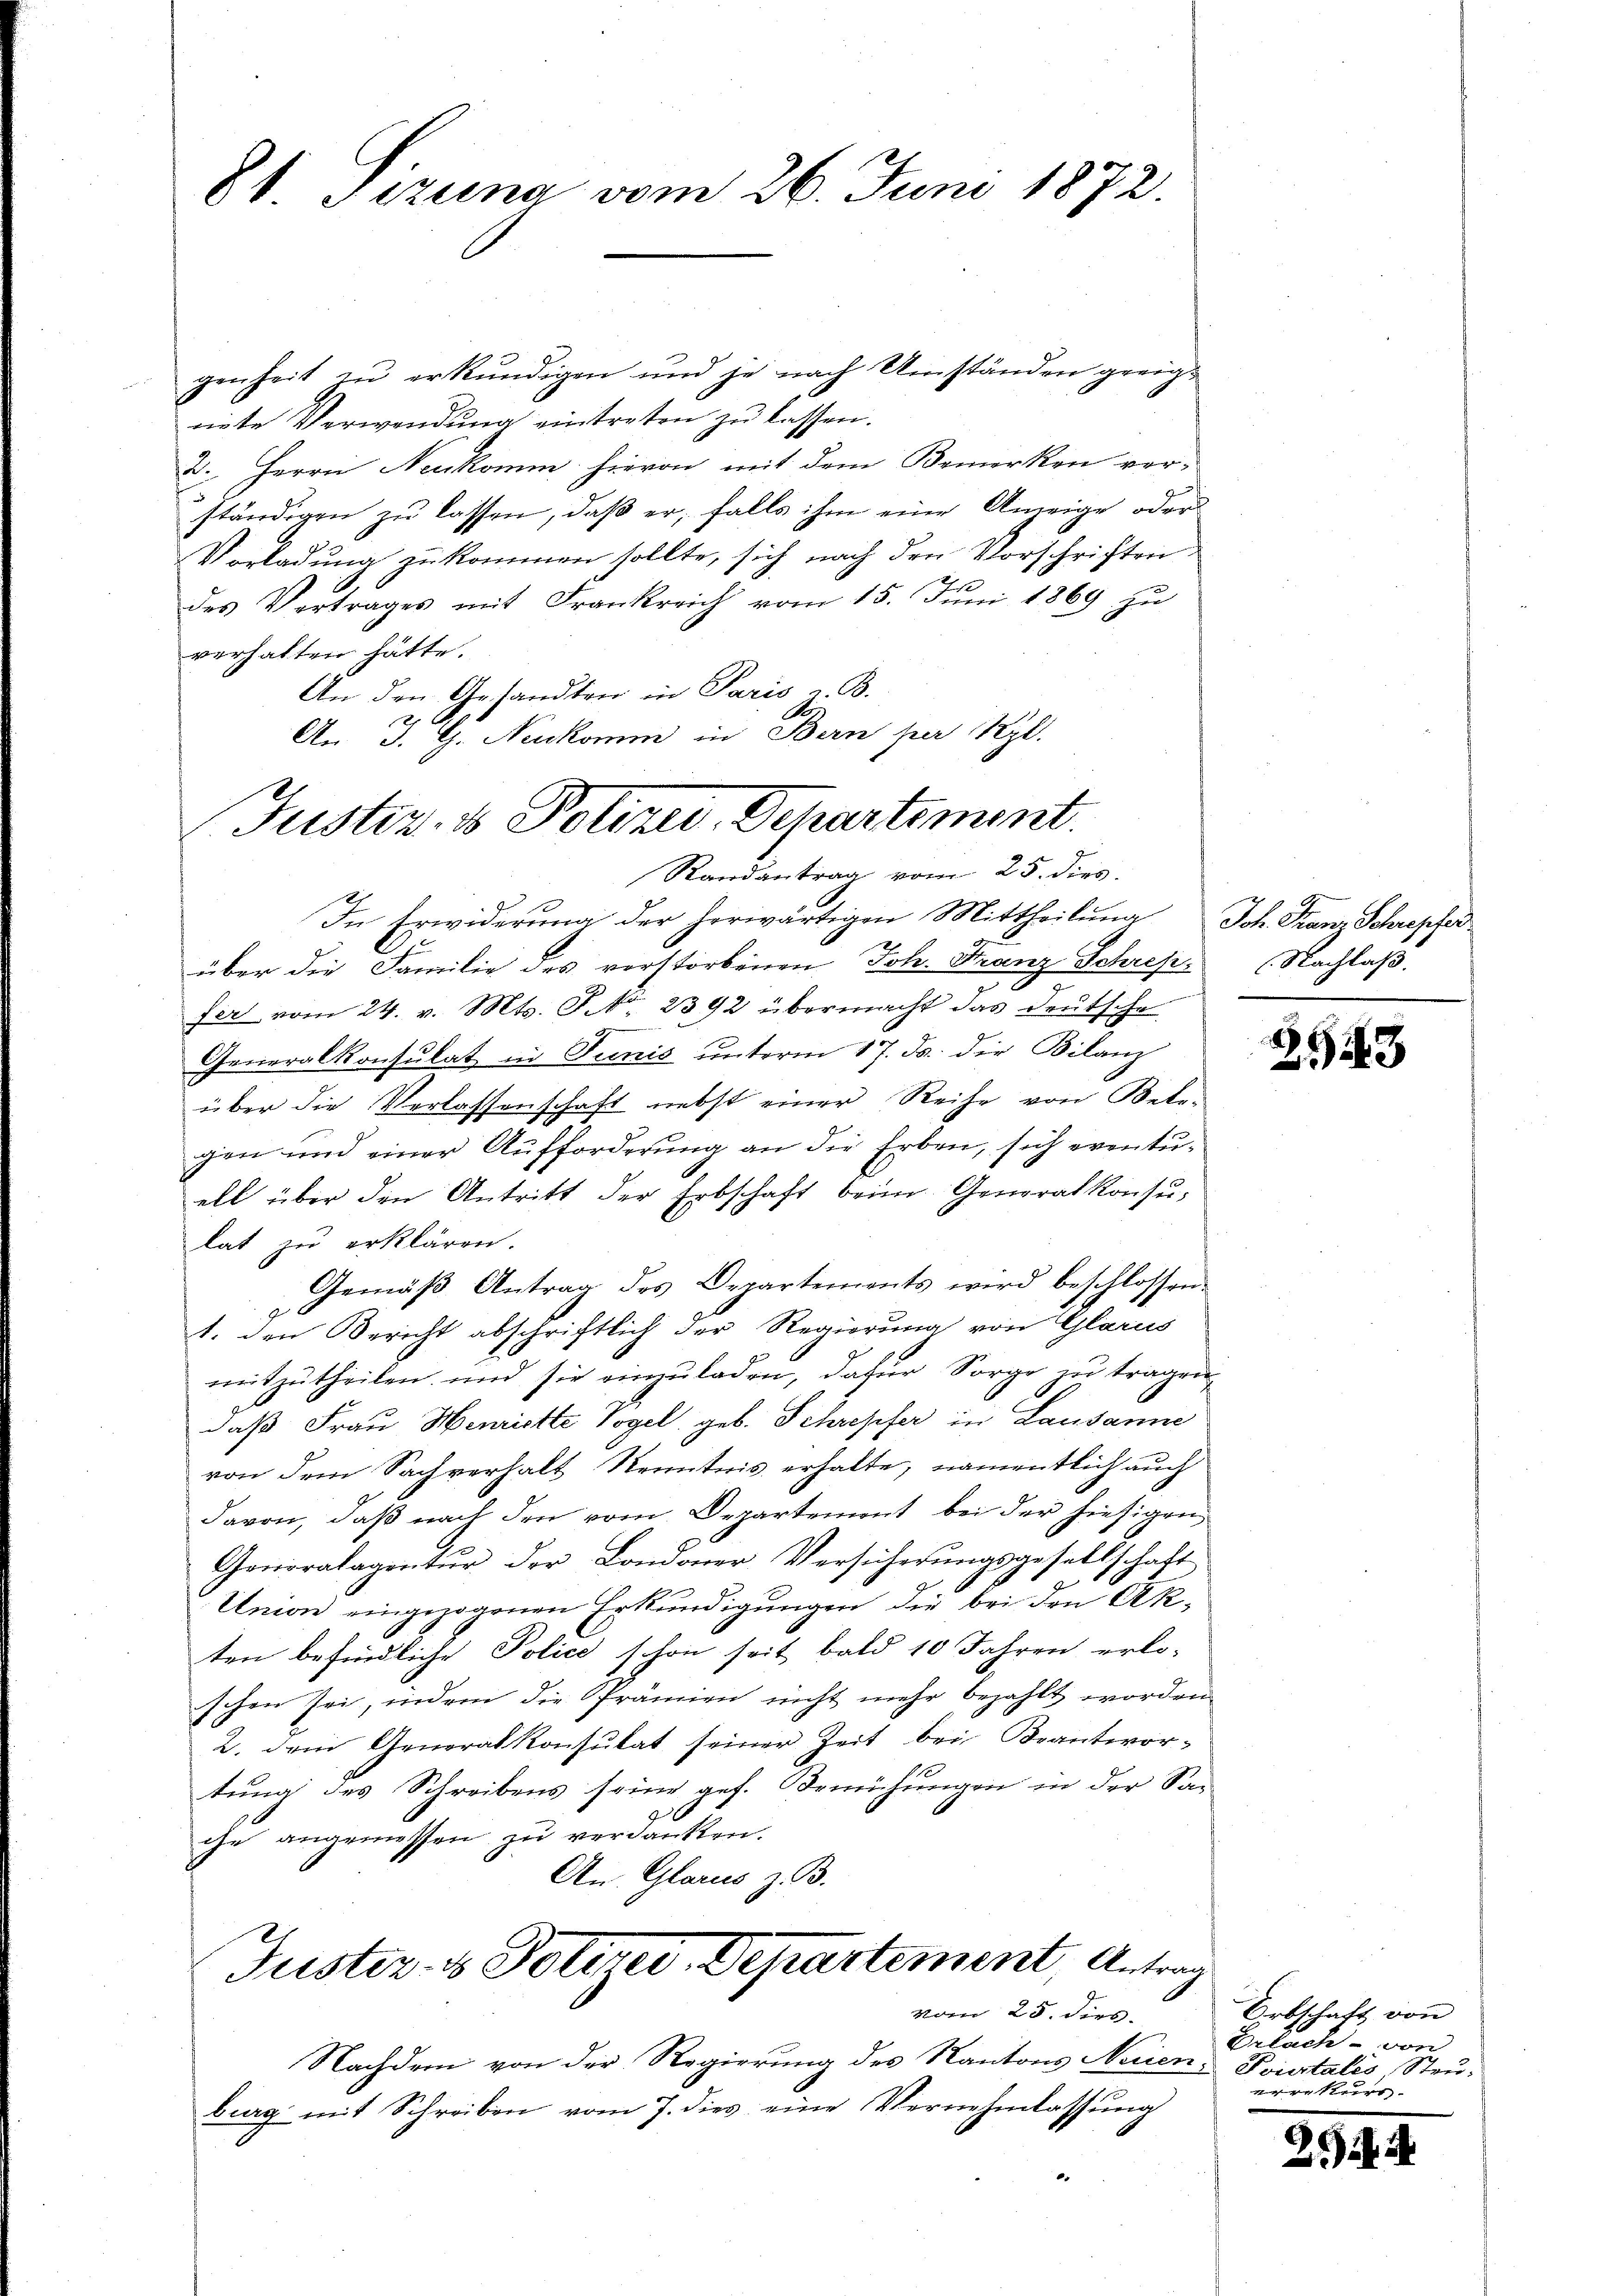
8t. Sizung vom 26. Juni 1872.

genheit zu erkundigen und je nach Umständen geeigniete Verwendung eintreten zu lassen.
2. Herrn Neukomm hievon mit dem Bemerken ver-
ständigen zŭ lassen, daβ er, falls ihm eine Anzeige oder
Vorladŭng zŭ kommen sollte, sich nach den Vorschriften
des Vertrages mit Frankreich vom 15. Juni 1869 zu
verhalten hätte.
An den Gesandten in Paris u. B.
R
An J. G. Nickomm in Bern per Ryl.

Justiz- & Polizei-Departement.
Randantrag vom 25. dies

In Erwiderung der herwärtigen Mittheilung Joh. Franz Schrepfer
über die Familie des vorstorbenen Joh. Franz Schrift. Nachlaß.
fer vom 24. v. Mts. S. Nr. 2392 übermacht das deutsche
Generalkonsulat in Junis unterm 17. ds. die Bilanz
über die Verlassenschaft nebst einer Reihe von Bele-
gen und einer Aufforderung an die Erben, sich eventuell über den Antritt der Erbschaft beim Generalkonsulat zu erklären.
Gemäβ Antrag des Departements wird beschlossen.
1. den Bericht abschriftlich der Regierung von Glarus
mitzutheilen und sie einzuladen, dafür Sorge zu tragen,
daß Frau Henriette Vogel geb. Schrepfer in Lausanne
von dem Sachverhalt Kenntnis erhalte, namentlich auch
davon, daß nach den vom Departement bei der hiesigen
Generalagentur der Londoner Versicherŭngsgesellschaft
Union eingezogenen Erkundigungen die bei den Akten befindliche Police schon seit bald 10 Jahren erlo-
schen sei, indem die Prämien nicht mehr bezahlt worden
2. Dem Generalkonsulat seiner Zeit bei Beantwortung des Schreibens seine gef. Bemühungen in der Sache angemessen zu verdankten.
An Glarus z. B.
Guster- & Polizei. Departement, Antrag
Vom 25. dies
Nachdem von der Regierung des Kantons Neuen-
bieg mit Schreiben vom 7. dies eine Vernehmlassung

2543

Erbschaft von
Erlach - von
Fourtalis Steuanerken

254.